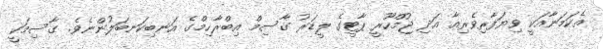
އެކަމަނާއަކީ ވިޔަފާރިވެރިއާ އަދި ޖުމްހޫރީ ޕާޓީގެ ލީޑަރު ގާސިމް އިބްރާހިމްގެ އަނބިކަނބަލުންނެވެ. ގާސިމަކީ